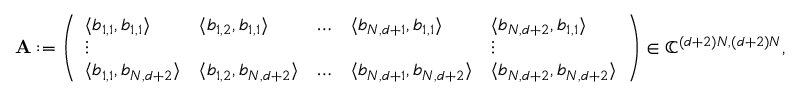
\mathbf { A } : = \left( \begin{array} { l l l l l } { \langle b _ { 1 , 1 } , b _ { 1 , 1 } \rangle } & { \langle b _ { 1 , 2 } , b _ { 1 , 1 } \rangle } & { \dots } & { \langle b _ { N , d + 1 } , b _ { 1 , 1 } \rangle } & { \langle b _ { N , d + 2 } , b _ { 1 , 1 } \rangle } \\ { \vdots } & & & & { \vdots } \\ { \langle b _ { 1 , 1 } , b _ { N , d + 2 } \rangle } & { \langle b _ { 1 , 2 } , b _ { N , d + 2 } \rangle } & { \dots } & { \langle b _ { N , d + 1 } , b _ { N , d + 2 } \rangle } & { \langle b _ { N , d + 2 } , b _ { N , d + 2 } \rangle } \end{array} \right) \in \mathbb { C } ^ { ( d + 2 ) N , ( d + 2 ) N } ,